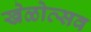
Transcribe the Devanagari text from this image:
खेळोत्सव